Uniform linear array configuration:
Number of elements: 4
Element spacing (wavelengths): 0.75
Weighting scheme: binomial
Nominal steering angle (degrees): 30
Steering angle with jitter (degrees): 31.622
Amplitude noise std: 0.05
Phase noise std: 0.05

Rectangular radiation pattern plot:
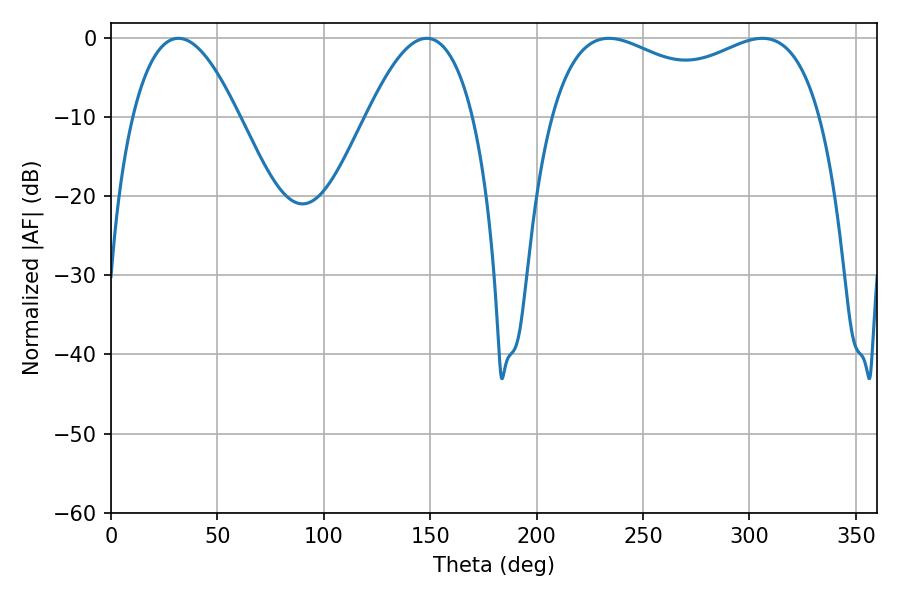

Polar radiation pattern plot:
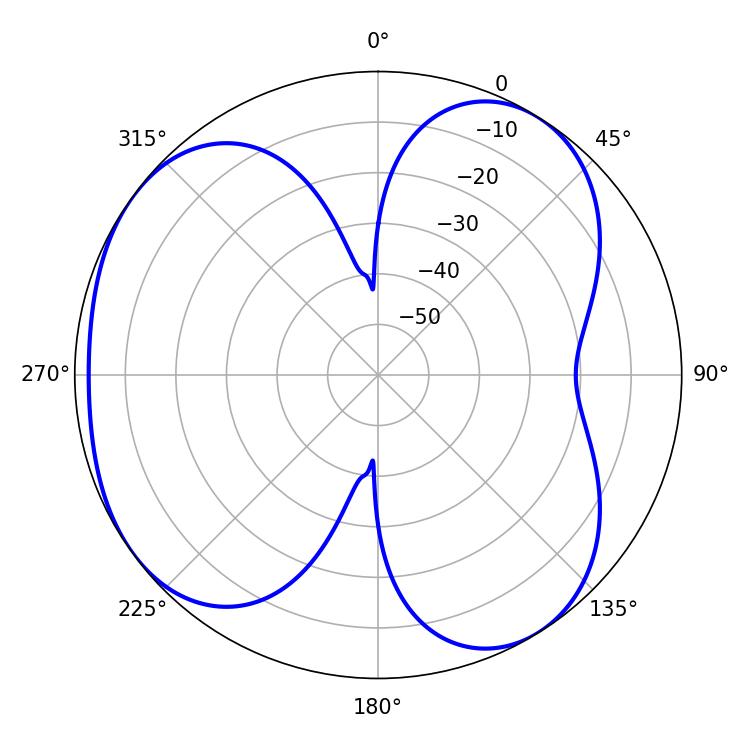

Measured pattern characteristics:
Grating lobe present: TRUE
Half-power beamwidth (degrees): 27.36
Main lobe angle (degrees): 31.68